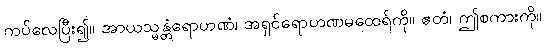
ကပ်လေပြီး၍။ အာယသ္မန္တံရောဟဏံ၊ အရှင်ရောဟဏမထေရ်ကို။ ဧတံ၊ ဤစကားကို။